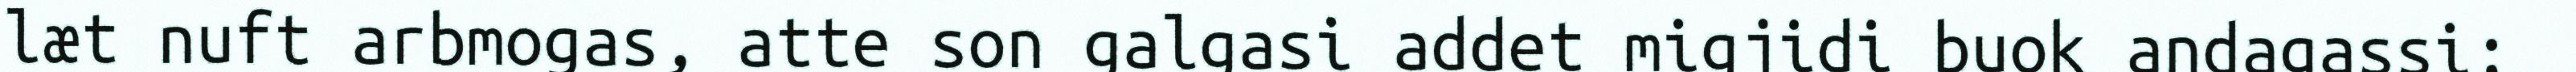
læt nuft arbmogas, atte son galgasi addet migjidi buok andagassi;